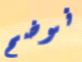
نوضح